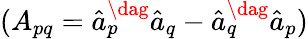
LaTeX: (A_{pq}=\hat{a}_{p}^{\dag}\hat{a}_{q}-\hat{a}_{q}^{\dag}\hat{a}_{p})